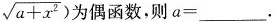
\sqrt { a + x ^ { 2 } } )$$ 为偶函数，则a=_____。